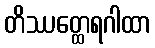
တိဿတ္ထေရဂါထာ